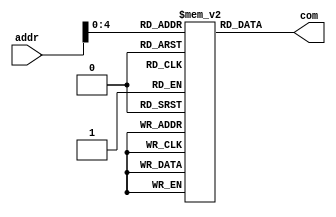
module instr(addr, com);
    input [31:0] addr;
    output wire [31:0] com;
    reg [31:0] instr[31:0]; 
    initial begin
        instr[0] = 32'b100011_00000_00000_0000_0000_0000_0000;  // $0 = $0
        instr[1] = 32'b100011_00000_00001_0000_0000_0000_0001;  // $1 = $0 
        instr[2] = 32'b001000_00000_00000_0000_0000_0000_0001;  // $0 = $0 + 1;
        instr[3] = 32'b001000_00001_00001_0000_0000_0000_0011;  // $1 = $1 + 3
        instr[4] = 32'b001000_00000_00000_0000_0000_0000_0001;  // $0 = $0 + 1
        instr[5] = 32'b000000_00000_00001_00000_xxxxx_101010;   // $0 = ($0 == $1)
        instr[6] = 32'b000100_00000_00000_0000_0000_0000_0001;  // $0 == 0 
        instr[7] = 32'b001000_00001_00001_0000_0000_0000_1010;  // $1 = $1 + 5
        instr[8] = 32'b001000_00000_00000_0000_0000_0000_1010;  // $0 = $0 + 5
        instr[9] = 32'b101011_00011_00000_0000_0000_0000_0000;
    end
    assign com = instr[addr];
    
endmodule